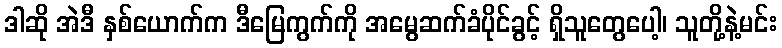
ဒါဆို အဲဒီ နှစ်ယောက်က ဒီမြေကွက်ကို အမွေဆက်ခံပိုင်ခွင့် ရှိသူတွေပေါ့၊ သူတို့နဲ့မင်း